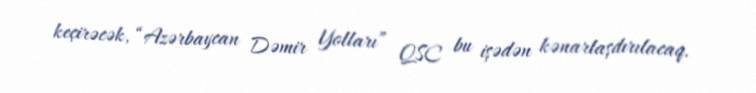
keçirəcək, “Azərbaycan Dəmir Yolları” QSC bu işədən kənarlaşdırılacaq.